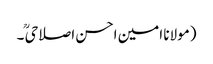
(مولانا امین احسن اصلاحیؒ ۔